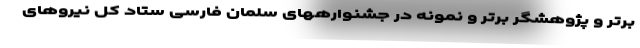
برتر و پژوهشگر برتر و نمونه در جشنوارههای سلمان فارسی ستاد کل نیروهای